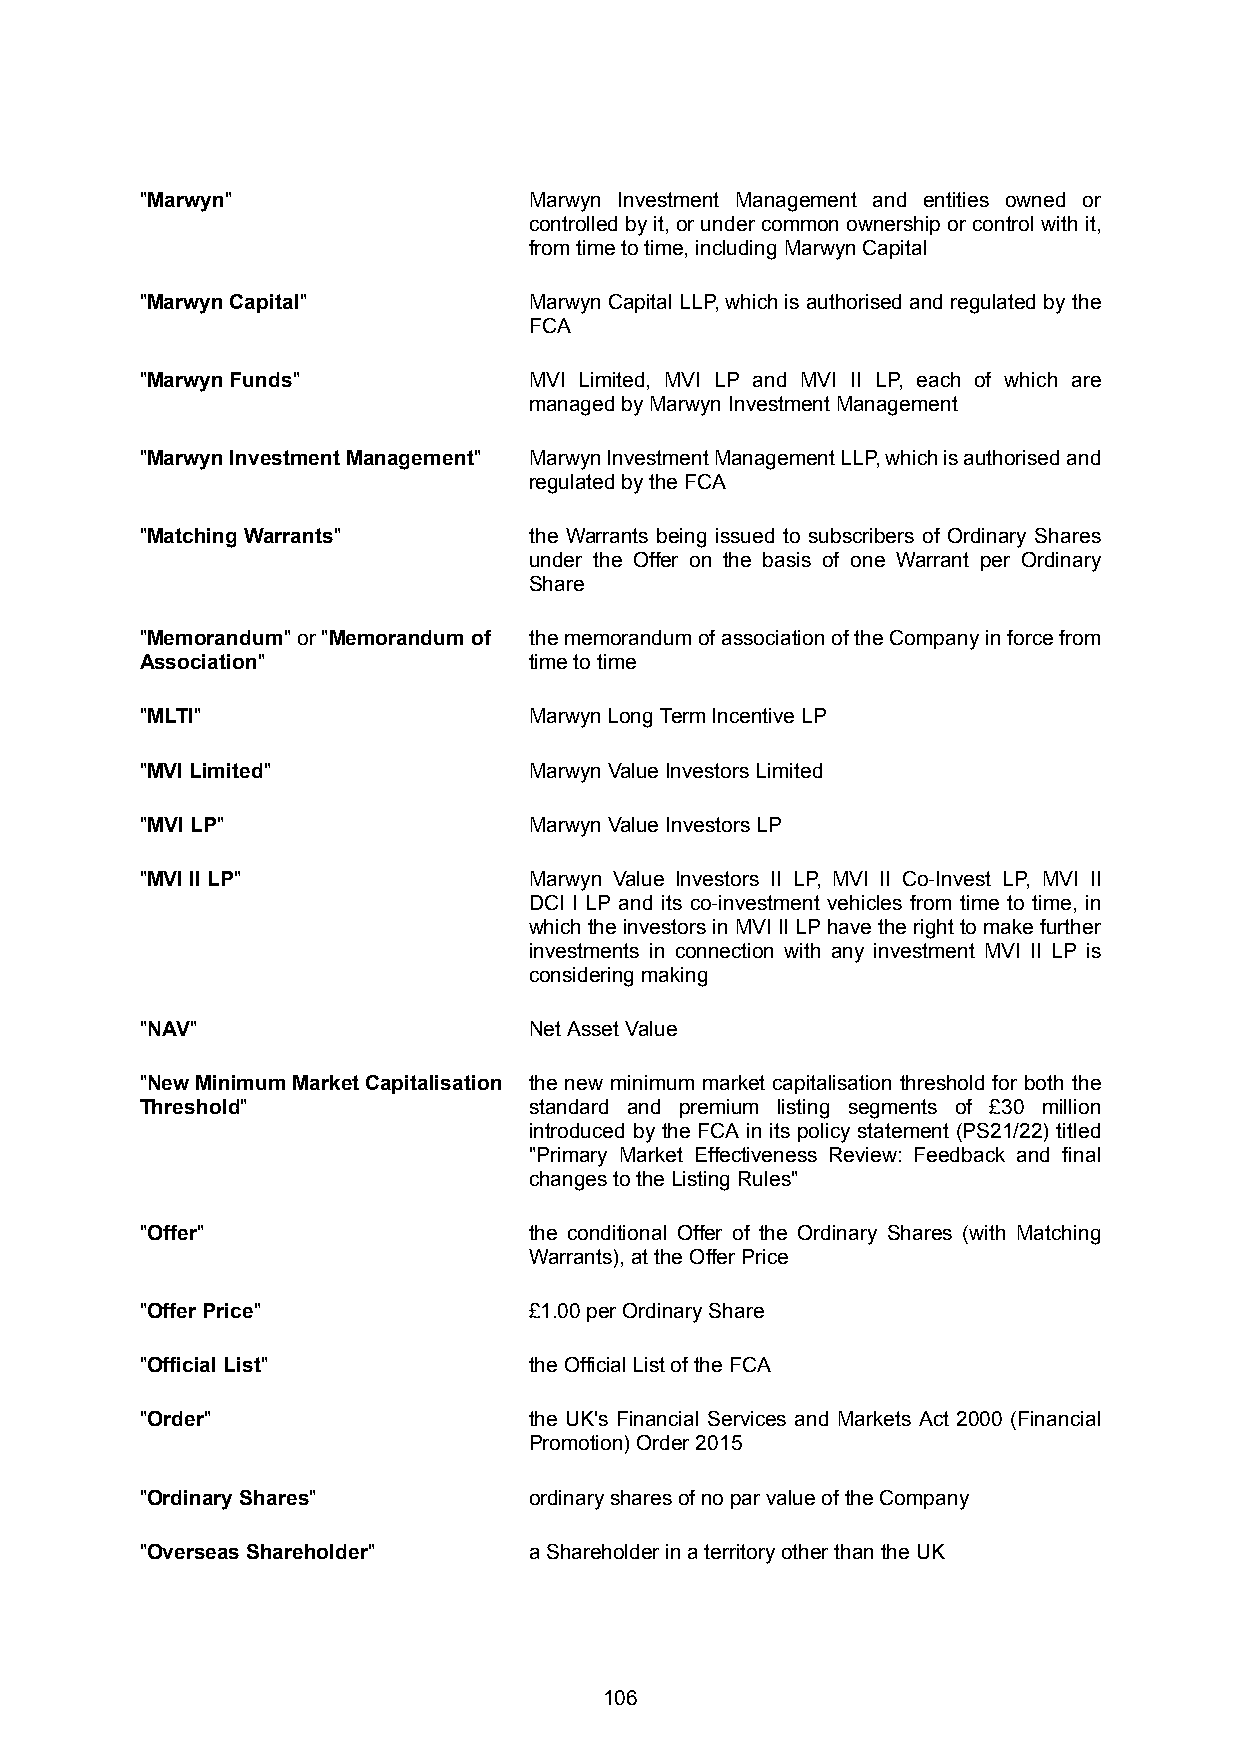
"Marwyn"                  Marwyn Investment Management and entities owned or
 controlledbyit,orundercommonownershiporcontrolwithit,
 from time to time, including Marwyn Capital
 "Marwyn Capital"          MarwynCapitalLLP,whichisauthorisedandregulatedbythe
 FCA
 "Marwyn Funds"            MVI Limited, MVI LP and MVI II LP, each of which are
 managed by Marwyn Investment Management
 "Marwyn Investment Management" MarwynInvestmentManagementLLP,whichisauthorisedand
 regulated by the FCA
 "Matching Warrants"       the Warrants being issued to subscribers of Ordinary Shares
 under the Offer on the basis of one Warrant per Ordinary
 Share
 "Memorandum"or"Memorandum of thememorandumofassociationoftheCompanyinforcefrom
 Association"              time to time
 "MLTI"                    Marwyn Long Term Incentive LP
 "MVI Limited"             Marwyn Value Investors Limited
 "MVI LP"                  Marwyn Value Investors LP
 "MVI II LP"               Marwyn Value Investors II LP, MVI II Co-Invest LP, MVI II
 DCI I LP and its co-investment vehicles from time to time, in
 whichtheinvestorsinMVIIILPhavetherighttomakefurther
 investments in connection with any investment MVI II LP is
 considering making
 "NAV"                     Net Asset Value
 "New Minimum Market Capitalisation the new minimum market capitalisation threshold for both the
 Threshold"                standard and premium listing segments of £30 million
 introduced by the FCA in its policy statement (PS21/22) titled
 "Primary Market Effectiveness Review: Feedback and final
 changes to the Listing Rules"
 "Offer"                   the conditional Offer of the Ordinary Shares (with Matching
 Warrants), at the Offer Price
 "Offer Price"             £1.00 per Ordinary Share
 "Official List"           the Official List of the FCA
 "Order"                   the UK's Financial Services and Markets Act 2000 (Financial
 Promotion) Order 2015
 "Ordinary Shares"         ordinary shares of no par value of the Company
 "Overseas Shareholder"    a Shareholder in a territory other than the UK
 106